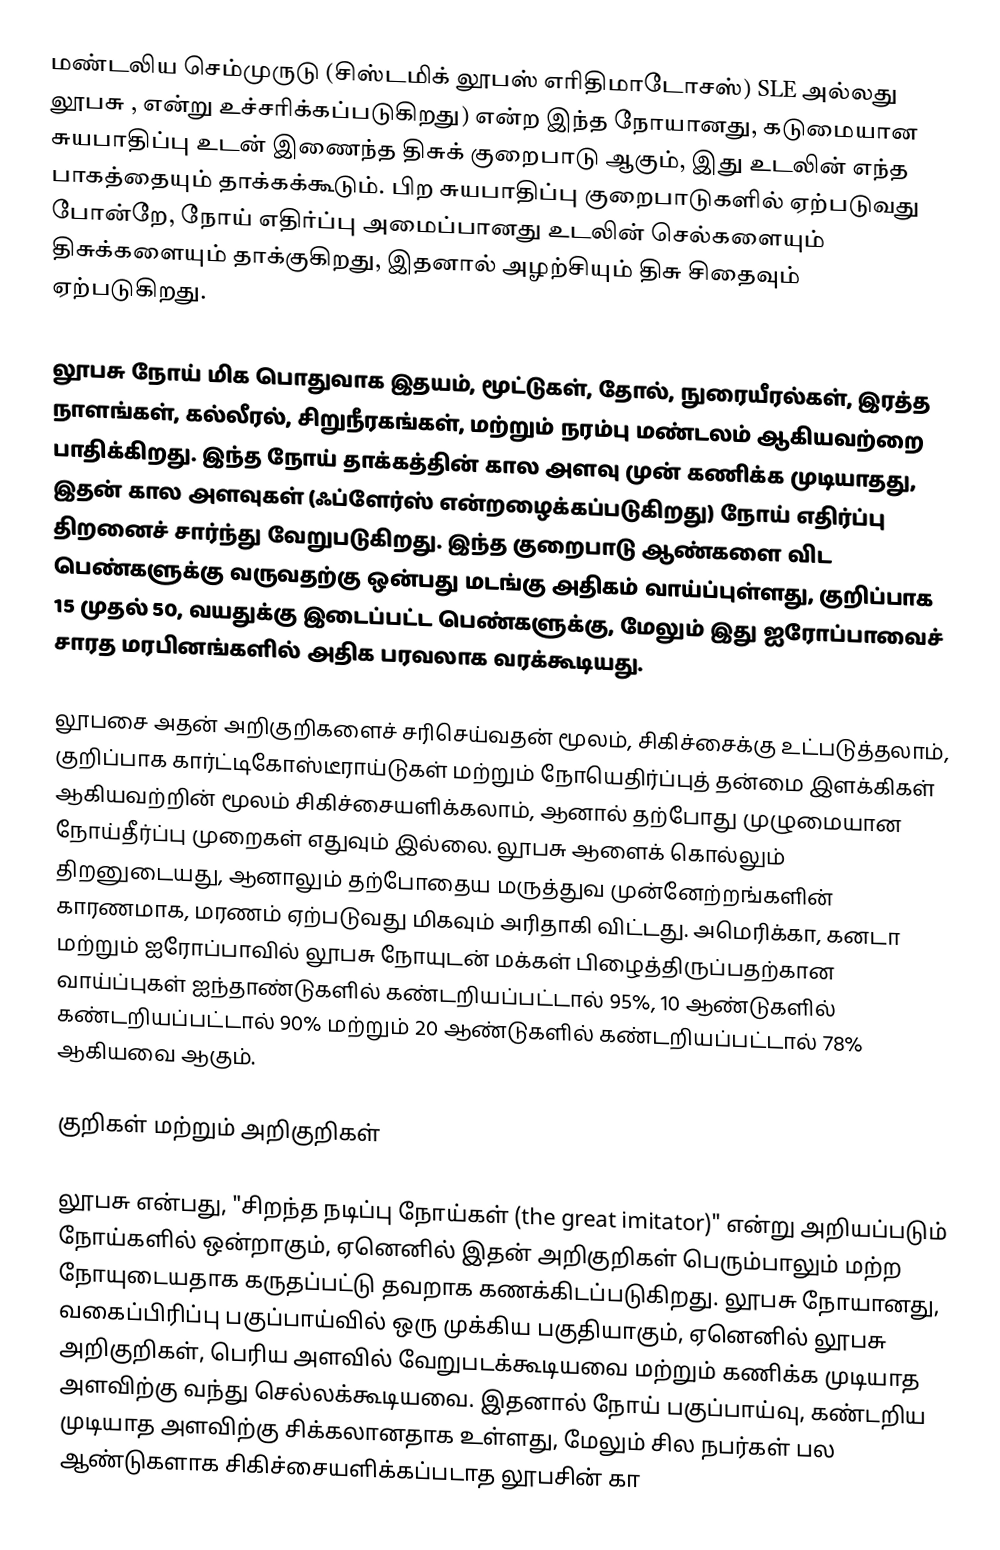
மண்டலிய செம்முருடு (சிஸ்டமிக் லூபஸ் எரிதிமாடோசஸ்) SLE  அல்லது லூபசு ,  என்று உச்சரிக்கப்படுகிறது) என்ற இந்த நோயானது, கடுமையான சுயபாதிப்பு உடன் இணைந்த திசுக் குறைபாடு ஆகும், இது உடலின் எந்த பாகத்தையும் தாக்கக்கூடும். பிற சுயபாதிப்பு குறைபாடுகளில் ஏற்படுவது போன்றே, நோய் எதிர்ப்பு அமைப்பானது உடலின் செல்களையும் திசுக்களையும் தாக்குகிறது, இதனால் அழற்சியும் திசு சிதைவும் ஏற்படுகிறது.

லூபசு நோய் மிக பொதுவாக இதயம், மூட்டுகள், தோல், நுரையீரல்கள், இரத்த நாளங்கள், கல்லீரல், சிறுநீரகங்கள், மற்றும் நரம்பு மண்டலம் ஆகியவற்றை பாதிக்கிறது. இந்த நோய் தாக்கத்தின் கால அளவு முன் கணிக்க முடியாதது, இதன் கால அளவுகள் (ஃப்ளேர்ஸ்  என்றழைக்கப்படுகிறது) நோய் எதிர்ப்பு திறனைச் சார்ந்து வேறுபடுகிறது. இந்த குறைபாடு ஆண்களை விட பெண்களுக்கு வருவதற்கு ஒன்பது மடங்கு அதிகம் வாய்ப்புள்ளது, குறிப்பாக 15 முதல் 50, வயதுக்கு இடைப்பட்ட பெண்களுக்கு, மேலும் இது ஐரோப்பாவைச் சாரத மரபினங்களில் அதிக பரவலாக வரக்கூடியது.

லூபசை அதன் அறிகுறிகளைச் சரிசெய்வதன் மூலம், சிகிச்சைக்கு உட்படுத்தலாம், குறிப்பாக கார்ட்டிகோஸ்டீராய்டுகள் மற்றும் நோயெதிர்ப்புத் தன்மை இளக்கிகள் ஆகியவற்றின் மூலம் சிகிச்சையளிக்கலாம், ஆனால் தற்போது முழுமையான நோய்தீர்ப்பு முறைகள் எதுவும் இல்லை. லூபசு ஆளைக் கொல்லும் திறனுடையது, ஆனாலும் தற்போதைய மருத்துவ முன்னேற்றங்களின் காரணமாக, மரணம் ஏற்படுவது மிகவும் அரிதாகி விட்டது. அமெரிக்கா, கனடா மற்றும் ஐரோப்பாவில் லூபசு நோயுடன் மக்கள் பிழைத்திருப்பதற்கான வாய்ப்புகள்  ஐந்தாண்டுகளில் கண்டறியப்பட்டால் 95%, 10 ஆண்டுகளில் கண்டறியப்பட்டால் 90% மற்றும் 20 ஆண்டுகளில் கண்டறியப்பட்டால் 78% ஆகியவை ஆகும்.

குறிகள் மற்றும் அறிகுறிகள்

லூபசு என்பது, "சிறந்த நடிப்பு நோய்கள் (the great imitator)" என்று அறியப்படும் நோய்களில் ஒன்றாகும், ஏனெனில் இதன் அறிகுறிகள் பெரும்பாலும் மற்ற நோயுடையதாக கருதப்பட்டு தவறாக கணக்கிடப்படுகிறது. லூபசு நோயானது, வகைப்பிரிப்பு பகுப்பாய்வில் ஒரு முக்கிய பகுதியாகும், ஏனெனில் லூபசு அறிகுறிகள், பெரிய அளவில் வேறுபடக்கூடியவை மற்றும் கணிக்க முடியாத அளவிற்கு வந்து செல்லக்கூடியவை. இதனால் நோய் பகுப்பாய்வு, கண்டறிய முடியாத அளவிற்கு சிக்கலானதாக உள்ளது, மேலும் சில நபர்கள் பல ஆண்டுகளாக சிகிச்சையளிக்கப்படாத லூபசின் கா